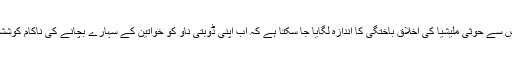
ان کا کہنا تھا کہ اس سے حوثی ملیشیا کی اخلاق باختگی کا اندازہ لگایا جا سکتا ہے کہ اب اپنی ڈوبتی ناو کو خواتین کے سہارے بچانے کی ناکام کوششوں پر اتر آئے ہیں۔